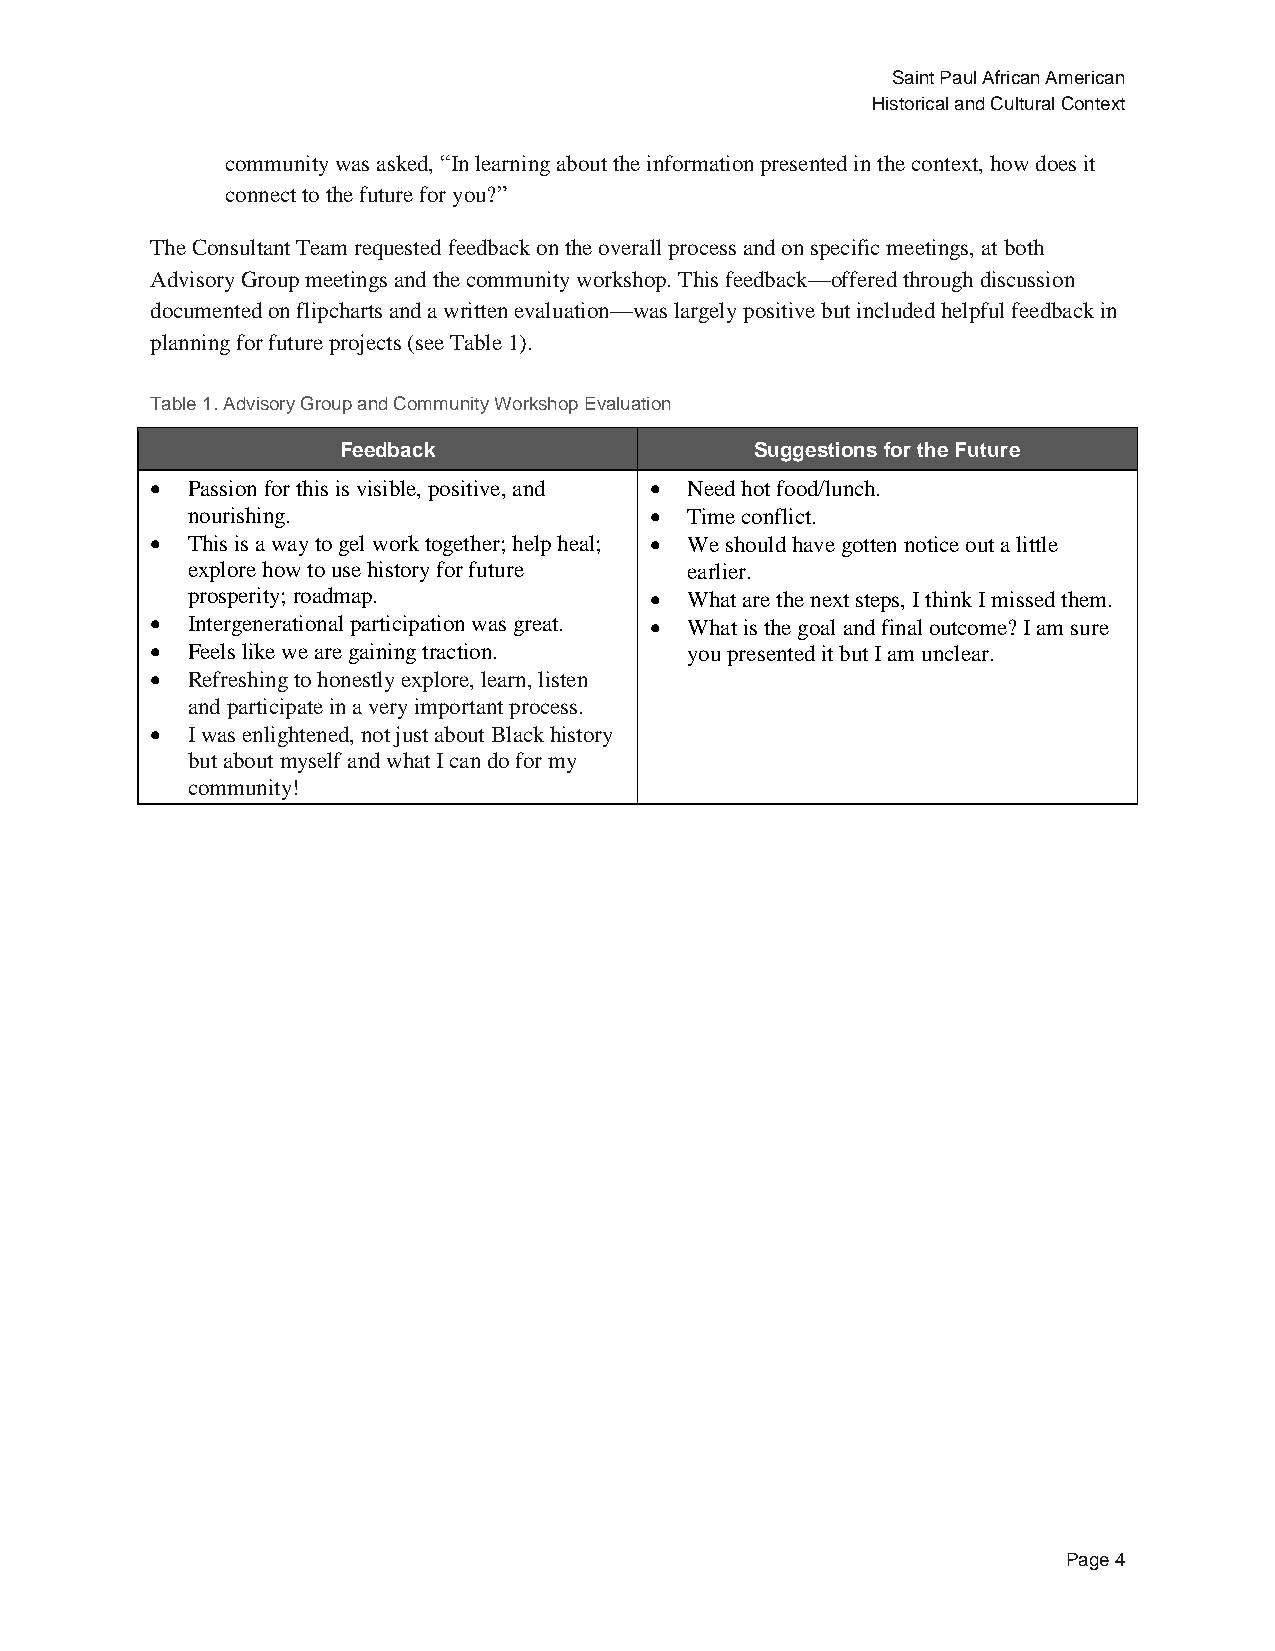
Saint Paul African American
 Historical and Cultural Context
 community was asked, “In learning about the information presented in the context, how does it
 connect to the future for you?”
 The Consultant Team requested feedback on the overall process and on specific meetings, at both
 Advisory Group meetings and the community workshop. This feedback—offered through discussion
 documented on flipcharts and a written evaluation—was largely positive but included helpful feedback in
 planning for future projects (see Table 1).
 Table 1. Advisory Group and Community Workshop Evaluation
 Feedback                    Suggestions for the Future
  Passion for this is visible, positive, and  Need hot food/lunch.
 nourishing.                     Time conflict.
  This is a way to gel work together; help heal;  We should have gotten notice out a little
 explore how to use history for future earlier.
 prosperity; roadmap.            What are the next steps, I think I missed them.
  Intergenerational participation was great.  What is the goal and final outcome? I am sure
  Feels like we are gaining traction. you presented it but I am unclear.
  Refreshing to honestly explore, learn, listen
 and participate in a very important process.
  I was enlightened, not just about Black history
 but about myself and what I can do for my
 community!
 Page 4